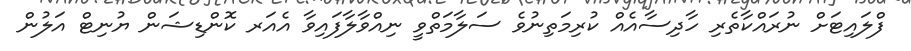
ފްލައިޓަށް ނުރައްކާތެރި ހާދިސާއެއް ކުރިމަތިނުވެ ސަލާމަތްވީ ނިއްވާލާފައިވާ އެއަރ ކޮންޑިޝަން ޔުނިޓް އަލުން